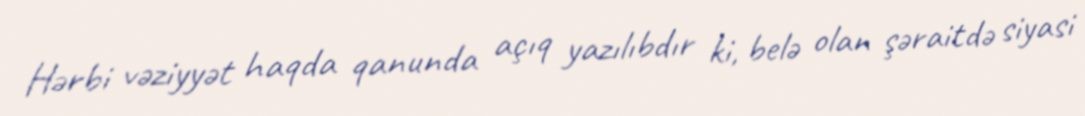
Hərbi vəziyyət haqda qanunda açıq yazılıbdır ki, belə olan şəraitdə siyasi